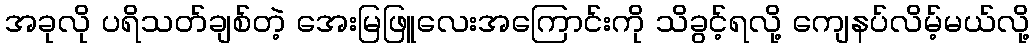
အခုလို ပရိသတ်ချစ်တဲ့ အေးမြဖြူလေးအကြောင်းကို သိခွင့်ရလို့ ကျေနပ်လိမ့်မယ်လို့